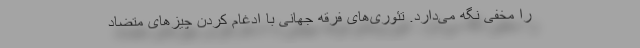
را مخفی نگه می‌دارد. تئوری‌های فرقه جهانی با ادغام کردن چیزهای متضاد‌